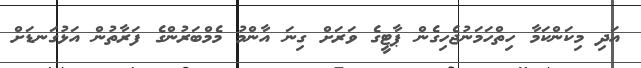
އަދި މިކަންކަމާ ހިތްހަމަނުޖެހިގެން ޕާޓީގެ ވަރަށް ގިނަ އާންމު މެމްބަރުންގެ ފަރާތުން އަޅުގަނޑަށް